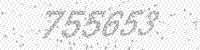
Solution: 755653